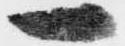
一